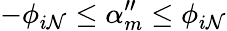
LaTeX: -\phi_{i\mathcal{N}}\le\alpha_{m}^{\prime\prime}\le\phi_{i\mathcal{N}}